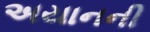
અયાનની